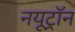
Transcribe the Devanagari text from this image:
नयूट्रॉन